Vaccination in Bombay 1913-1923 - 1913-1923
Year: 1913
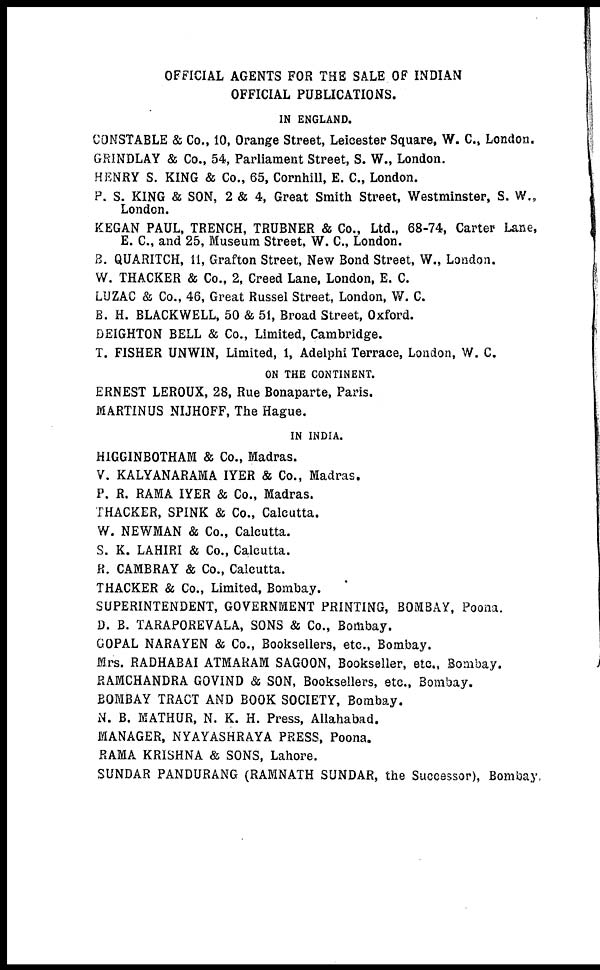
OFFICIAL AGENTS FOR THE SALE OF INDIAN
OFFICIAL PUBLICATIONS.
IN ENGLAND.
CONSTABLE & Co., 10, Orange Street, Leicester Square, W. C., London.
GRINDLAY & Co., 54, Parliament Street, S. W., London.
HENRY S. KING & Co., 65, Cornhill, E. C., London.
P. S. KING & SON, 2 & 4, Great Smith Street, Westminster, S. W.,
London.
KEGAN PAUL, TRENCH, TRUBNER & Co., Ltd., 68-74, Carter Lane,
E. C., and 25, Museum Street, W. C., London.
B. QUARITCH, 11, Grafton Street, New Bond Street, W., London.
W. THACKER & Co., 2, Creed Lane, London, E. C.
LUZAC & Co., 46, Great Russel Street, London, W. C.
B. H. BLACKWELL, 50 & 51, Broad Street, Oxford.
DEIGHTON BELL & Co., Limited, Cambridge.
T. FISHER UNWIN, Limited, 1, Adelphi Terrace, London, W. C.
ON THE CONTINENT.
ERNEST LEROUX, 28, Rue Bonaparte, Paris.
MARTINUS NIJHOFF, The Hague.
IN INDIA.
HIGGINBOTHAM & Co., Madras.
V. KALYANARAMA IYER & Co., Madras.
P. R. RAMA IYER & Co., Madras.
THACKER, SPINK & Co., Calcutta.
W. NEWMAN & Co., Calcutta.
S. K. LAHIRI & Co., Calcutta.
R. CAMBRAY & Co., Calcutta.
THACKER & Co., Limited, Bombay.
SUPERINTENDENT, GOVERNMENT PRINTING, BOMBAY, Poona.
D. B. TARAPOREVALA, SONS & Co., Bombay.
GOPAL NARAYEN & Co., Booksellers, etc., Bombay.
Mrs. RADHABAI ATMARAM SAGOON, Bookseller, etc., Bombay.
RAMCHANDRA GOVIND & SON, Booksellers, etc., Bombay.
BOMBAY TRACT AND BOOK SOCIETY, Bombay.
N. B. MATHUR, N. K. H. Press, Allahabad.
MANAGER, NYAYASHRAYA PRESS, Poona.
RAMA KRISHNA & SONS, Lahore.
SUNDAR PANDURANG (RAMNATH SUNDAR, the Successor), Bombay.